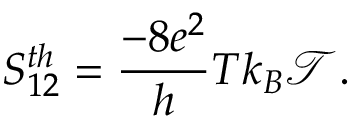
S _ { 1 2 } ^ { t h } = \frac { - 8 e ^ { 2 } } { h } T k _ { B } \mathcal { T } .